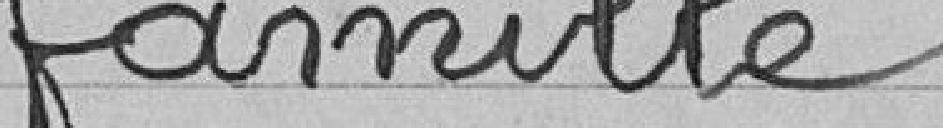
famille